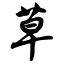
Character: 草